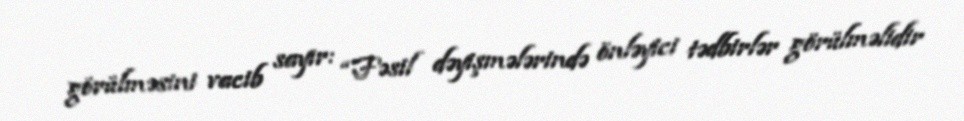
görülməsini vacib sayır: “Fəsil dəyişmələrində önləyici tədbirlər görülməlidir